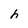
Character: h